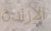
الإرادة